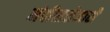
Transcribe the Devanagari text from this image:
मंदीराशेजारी